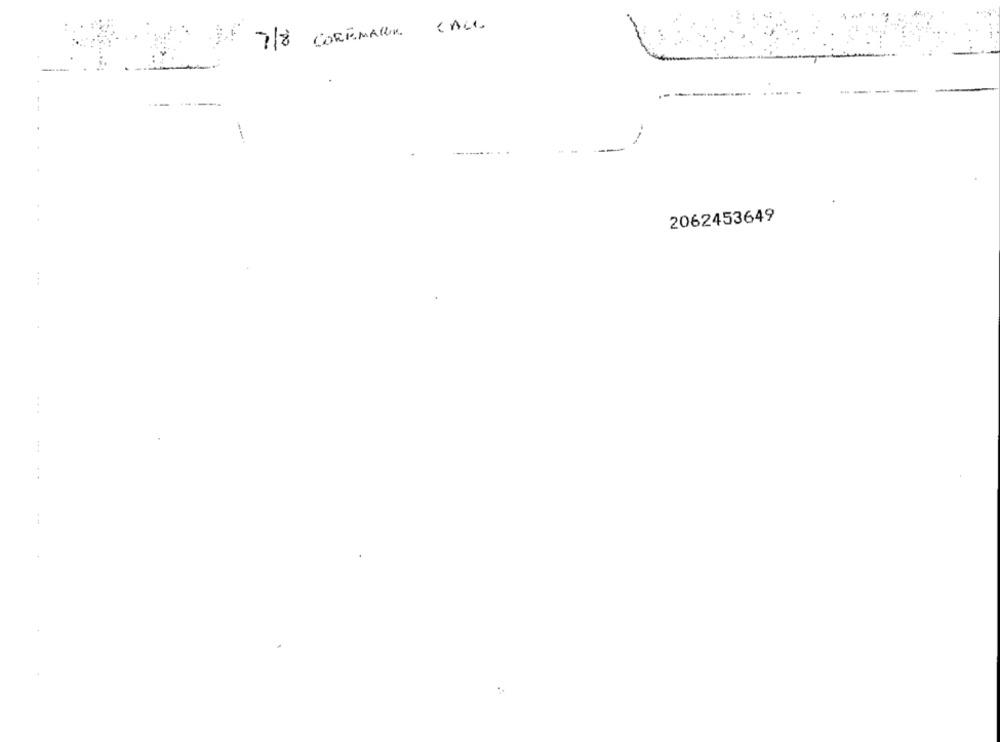
CALL
CORREMALLIK
7/8
2062453649
...
...